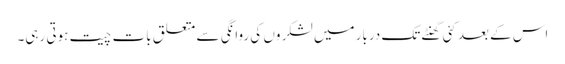
اس کے بعد کئی گھنٹے تک دربار میں لشکر وں کی روانگی سے متعلق بات چیت ہوتی رہی۔